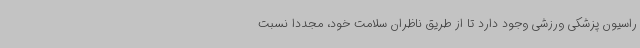
راسیون پزشکی ورزشی وجود دارد تا از طریق ناظران سلامت خود، مجددا نسبت